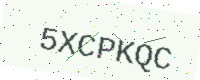
Text: 5XCPKQC